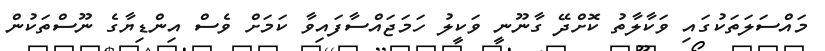
މައްސަލަތަކުގައި ވަކާލާތު ކޮށްދޭ ގާނޫނީ ވަކީލު ހަމަޖައްސާފައިވާ ކަމަށް ވެސް އިންޑިޔާގެ ނޫސްތަކުން